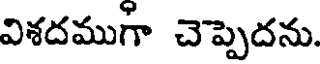
విశదముగా చెప్పెదను.